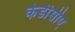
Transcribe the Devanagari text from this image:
केडीसीए